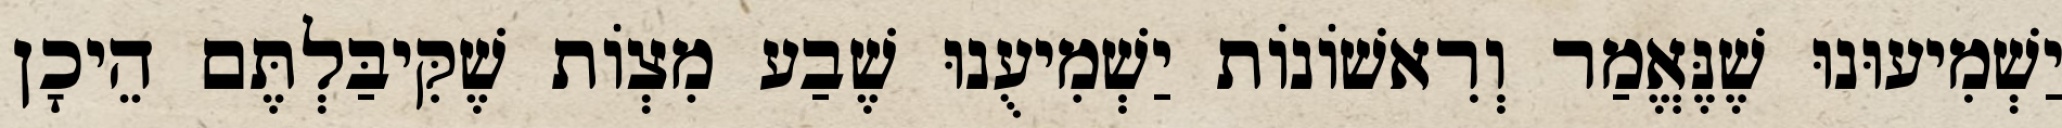
יַשְׁמִיעוּנוּ שֶׁנֶּאֱמַר וְרִאשׁוֹנוֹת יַשְׁמִיעֻנוּ שֶׁבַע מִצְוֹת שֶׁקִּיבַּלְתֶּם הֵיכָן